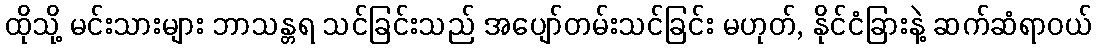
ထိုသို့ မင်းသားများ ဘာသန္တရ သင်ခြင်းသည် အပျော်တမ်းသင်ခြင်း မဟုတ်, နိုင်ငံခြားနဲ့ ဆက်ဆံရာဝယ်